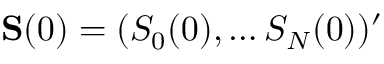
\mathbf { S } ( 0 ) = ( S _ { 0 } ( 0 ) , \ldots S _ { N } ( 0 ) ) ^ { \prime }